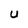
Character: U